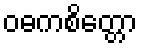
ဝဓကစိတ္တော